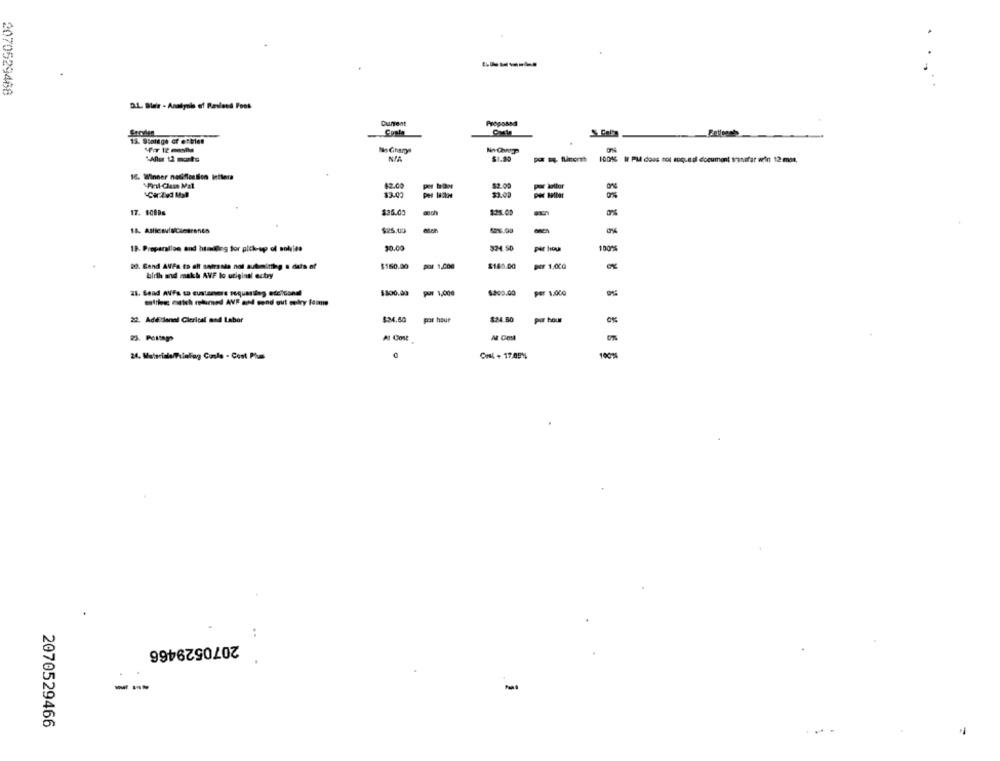
2070529468
D.1. Blas - Anniyola of Ravleed Foot
Current
tis Charge
NJA
$1.20
100% W PM does not epquedl document transfer wrin 12 man.
16. Winner nadiffonllon inttera
"Pil-Clus Mat
42.00
$2.00
$3.00
17. 9080m
$26.00
sich
$25.00
$25.03
19. Preparallon and htadeing for pick-up of anties
30.00
324.50
par hou
100%
20. Cand AVPa to alt soirsada not submitting a data of
$150.00
por 1,000
$160.00
NY 1,00G
bidh and makh AVF lo original estry
21. Send AVFs to customers soquantiog edeltional
$300.00
Pur 1,00€
$209.00
per 1.000
enfiles estich mohamed AVE and send out colry femme
22. Adellenal Clerical and Labor
$34.50
pal hour
$24.50
por hour
At Cost
Col + 17,05%
10074
..
2070529466
--
2070529466